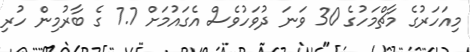
މިއަހަރުގެ މާޗްމަހުގެ 30 ވަނަ ދުވަހުވެސް އެގައުމަށް 7.7 ގެ ބާރުމިން ހުރި